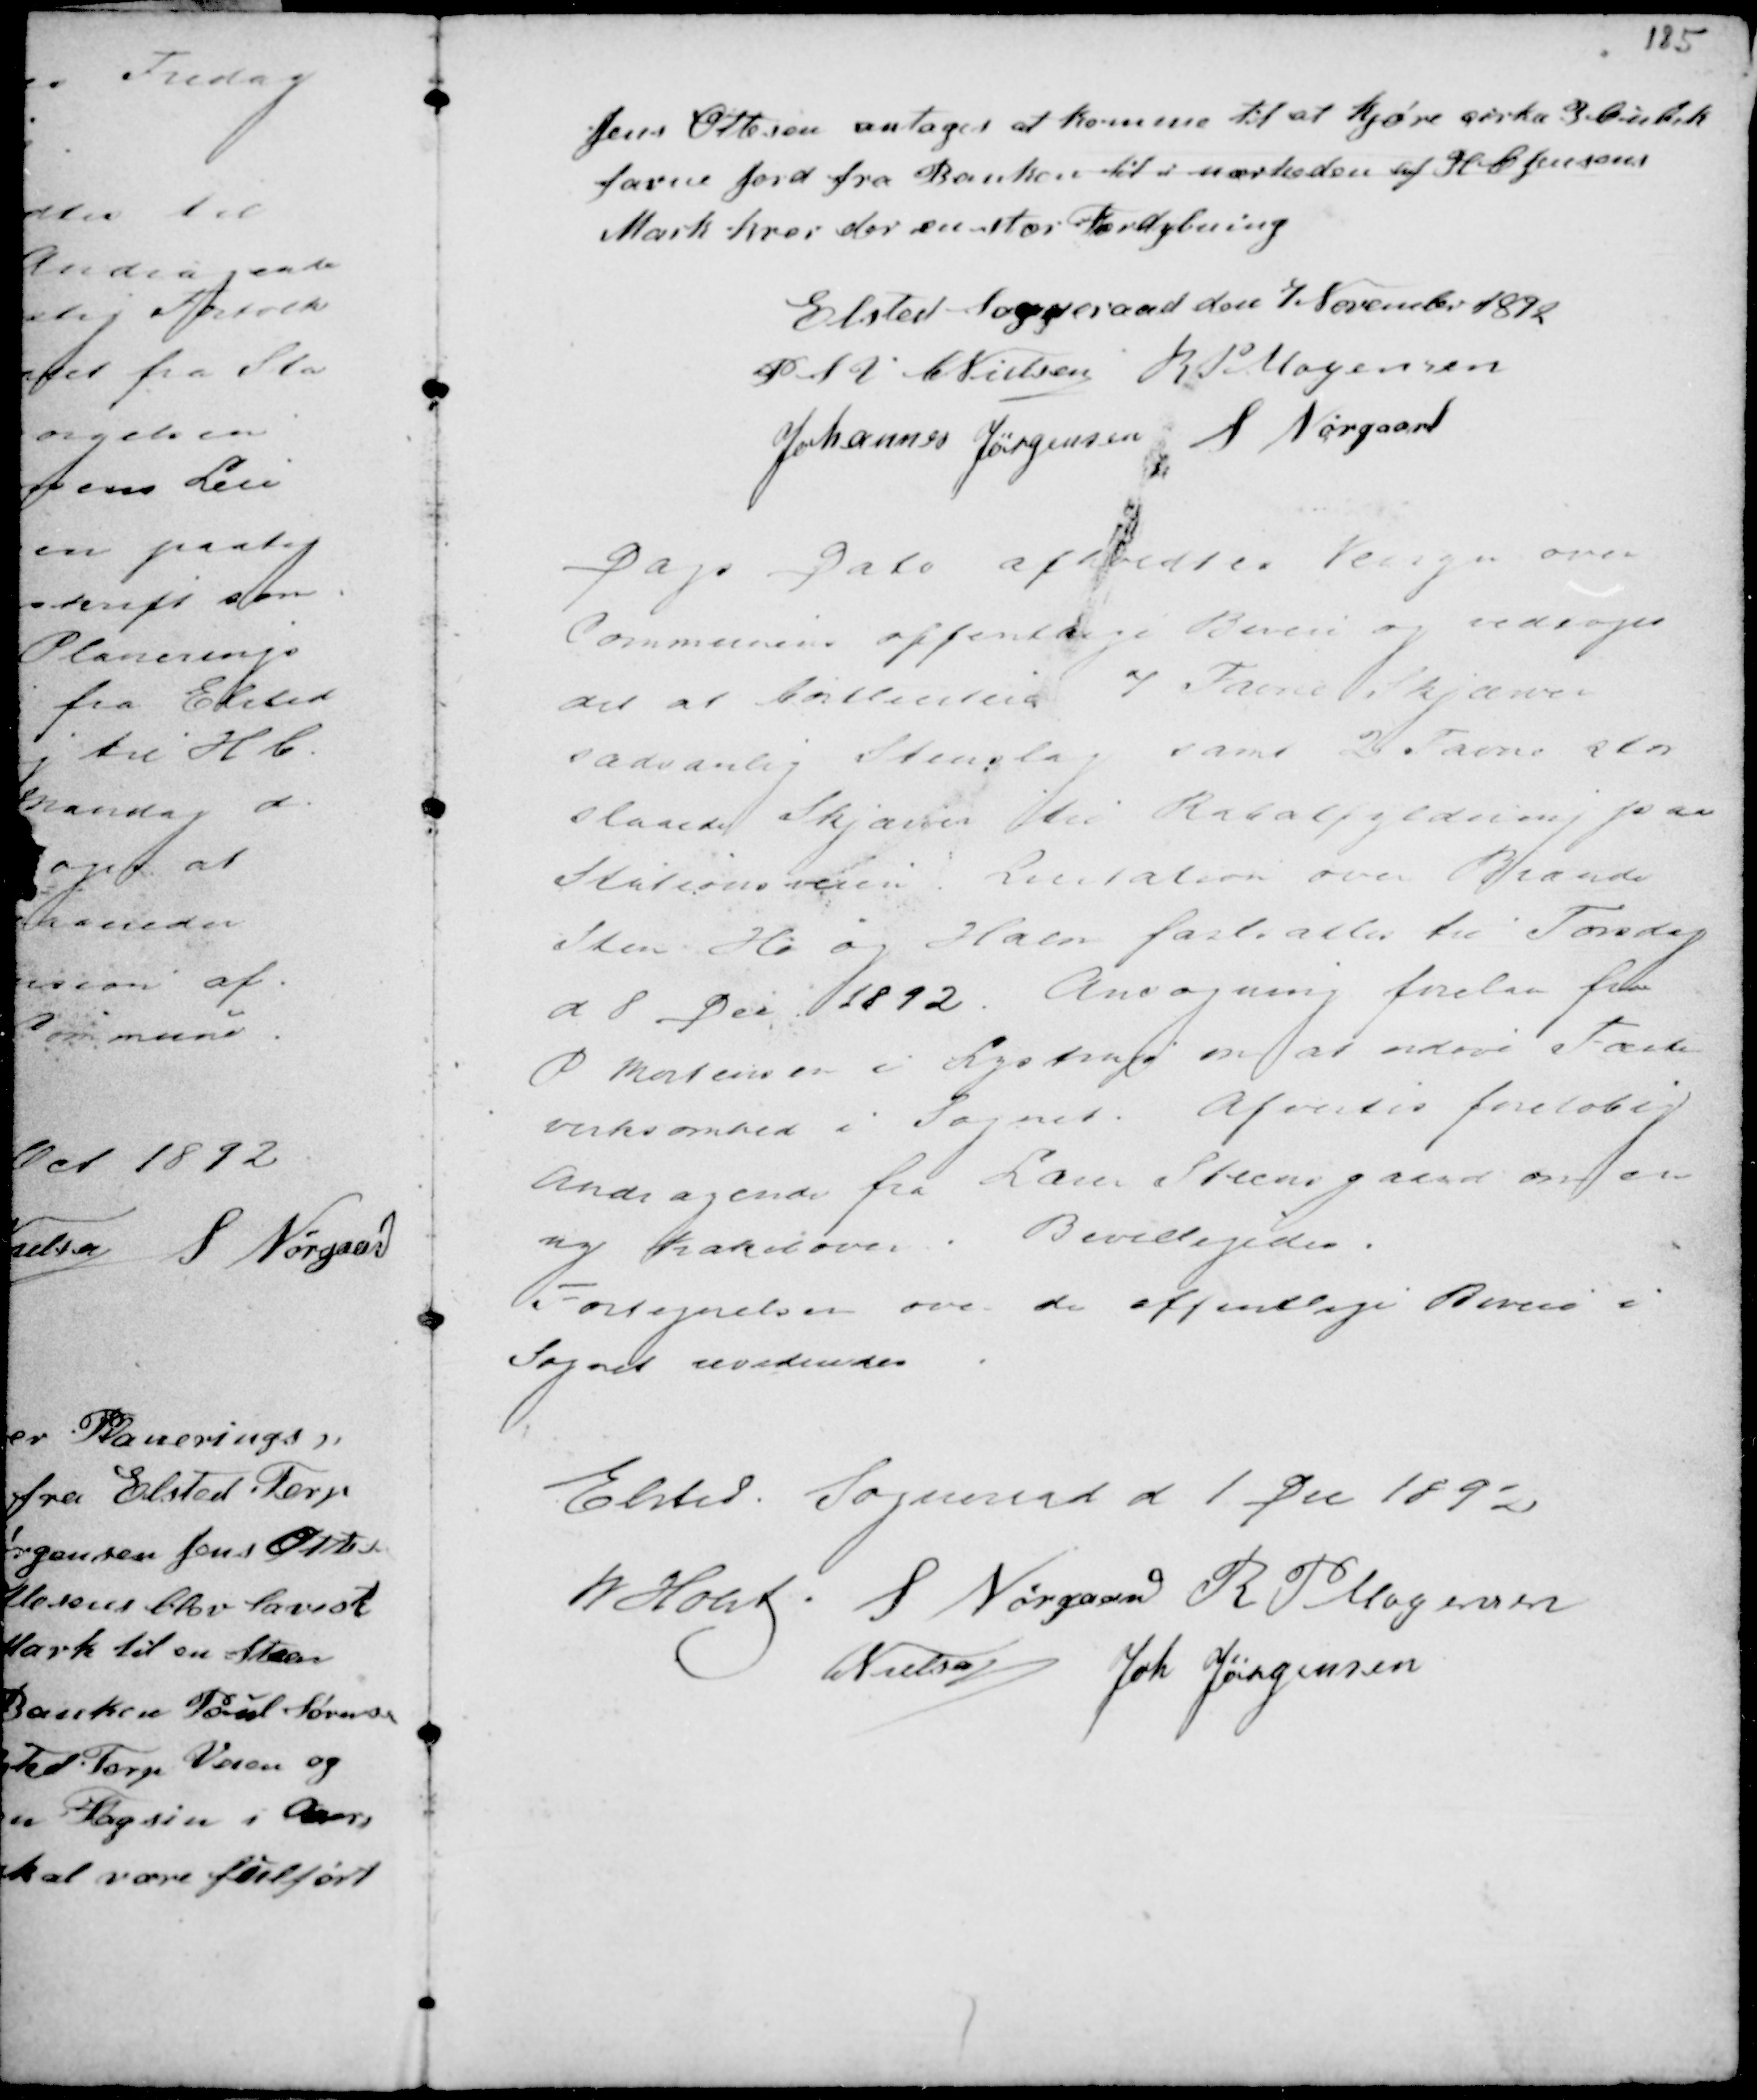
Transskription:
Jens Ottesen antages at komme til at kjøre cirka 3 Cubik
favne Jord fra Banken til i nærheden af H C Jensens
Mark hvor der en stor Fordybning

Elsted Sogneraad den 7 November 1892
P S V C Nielsen R P Mogensen
Johannes Jørgensen S Nørgaard

Dags Dato afholdtes Veisyn over
Communens offentlige Biveie og vedtoges
det at bortlicitere 7 Favne Skjærver
sædvanlig Stenslag samt 2 Favne stor
slaaede Skjærver til Rabatfyldning paa
Stationsveien. Licitation over Brænde
Sten Hø og Halm fastsattes til Torsdag
d 8 Dec 1892. Ansøgning forelaa fra
P Mortensen i Lystrup en at udøve Fæste
virksomhed i Sognet. Afvistes foreløbig
Andragende fra Lærer Steensgaard om en
ny Kakeloven. Bevilligedes.
Fortegnelsen over de offentlige Biveie i
Sognet uvidendes .

Elsted Sogneraad d 1 Dec 1892
M Holst S. Nørgaard R P Mogensen
C Nielsen Joh. Jørgensen